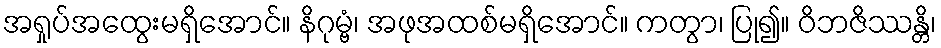
အရှုပ်အထွေးမရှိအောင်။ နိဂုမ္ဗံ၊ အဖုအထစ်မရှိအောင်။ ကတွာ၊ ပြု၍။ ဝိဘဇိဿန္တိ၊